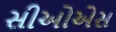
સીઓએસ